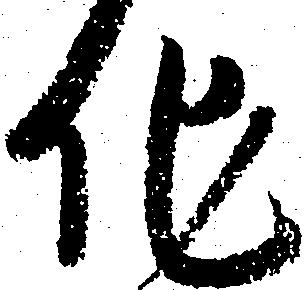
他